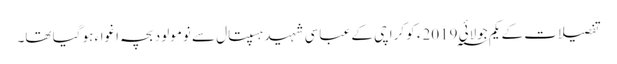
تفصیلات کے یکم جولائی 2019؁ء کو کراچی کے عباسی شہید ہسپتال سے نومولود بچہ اغواء ہو گیا تھا۔